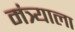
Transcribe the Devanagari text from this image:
मंत्र्याला